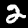
Digit: 2